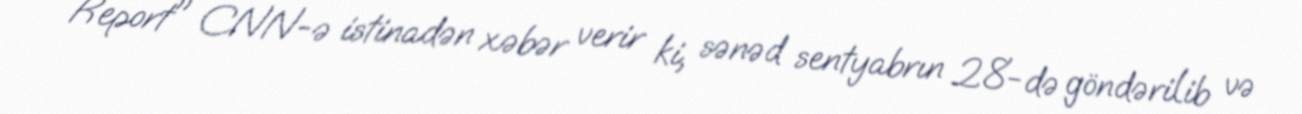
Report" CNN-ə istinadən xəbər verir ki, sənəd sentyabrın 28-də göndərilib və